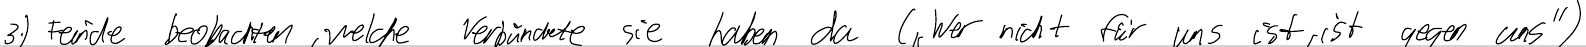
3.) Feinde beobachten, welche Verbündete sie haben da ("Wer nicht für uns ist, ist gegen uns")